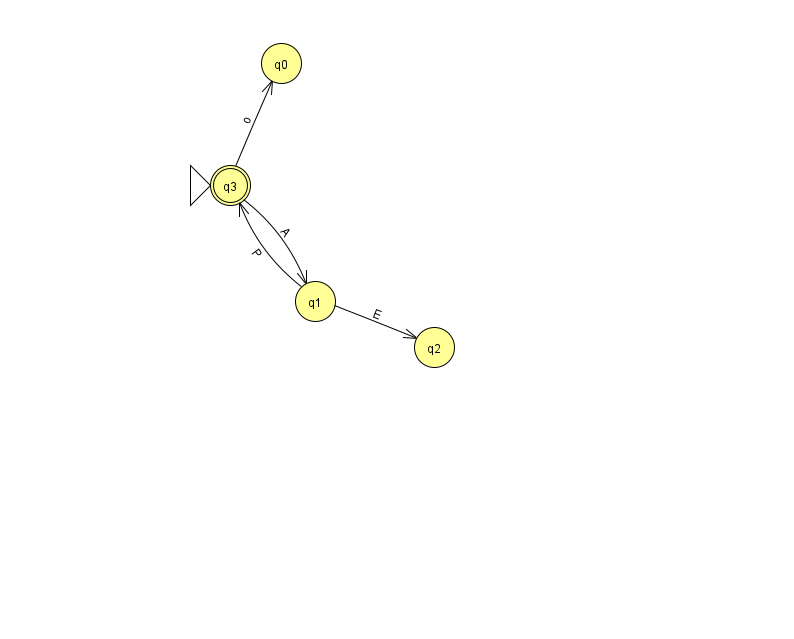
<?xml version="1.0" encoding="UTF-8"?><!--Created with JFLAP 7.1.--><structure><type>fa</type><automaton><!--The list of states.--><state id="0" name="q0"><x>281.0</x><y>50.0</y></state><state id="1" name="q1"><x>315.0</x><y>288.0</y></state><state id="2" name="q2"><x>434.0</x><y>334.0</y></state><state id="3" name="q3"><x>230.0</x><y>172.0</y><initial/><final/></state><!--The list of transitions.--><transition><from>1</from><to>2</to><read>E</read></transition><transition><from>3</from><to>0</to><read>o</read></transition><transition><from>3</from><to>1</to><read>A</read></transition><transition><from>1</from><to>3</to><read>P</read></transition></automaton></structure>